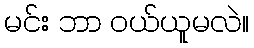
မင်း ဘာ ဝယ်ယူမလဲ။